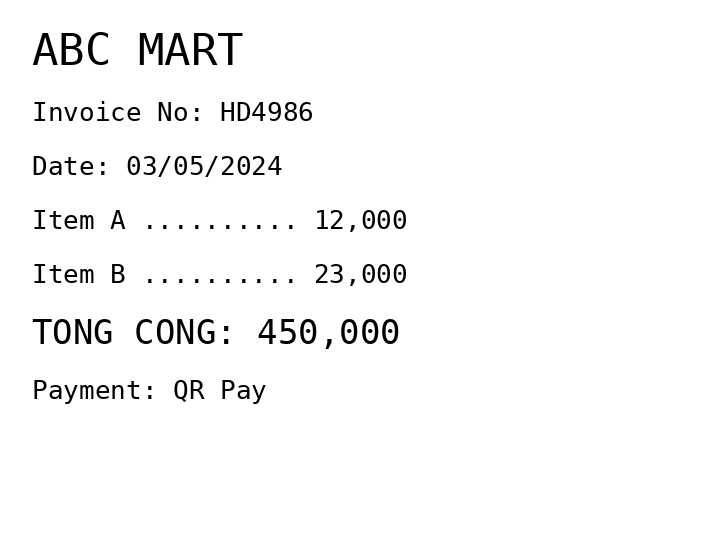
ABC MART
Invoice No: HD4986
Date: 03/05/2024
Item A .......... 12,000
Item B .......... 23,000
TONG CONG: 450,000
Payment: QR Pay
Merchant: abc mart
Date: 2024-05-03
Total: 450000
Invoice No: HD4986
Payment method: QR